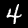
Label: 4